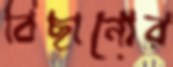
বিছানোর